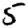
Digit: 5